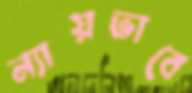
ন্যায়ভাবে